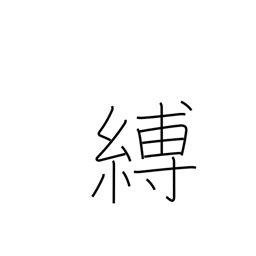
Meaning: arrest